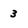
Character: 3